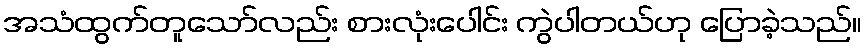
အသံထွက်တူသော်လည်း စားလုံးပေါင်း ကွဲပါတယ်ဟု ပြောခဲ့သည်။